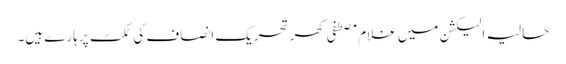
حالیہ الیکشن میں غلام مصطفی کھر تحریک انصاف کی ٹکٹ پر ہارے ہیں۔